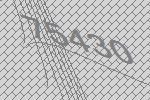
75430